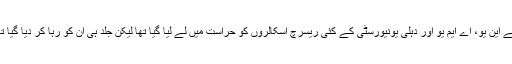
جے این یو، اے ایم یو اور دہلی یونیورسٹی کے کئی ریسرچ اسکالروں کو حراست میں لے لیا گیا تھا لیکن جلد ہی ان کو رہا کر دیا گیا تھا۔